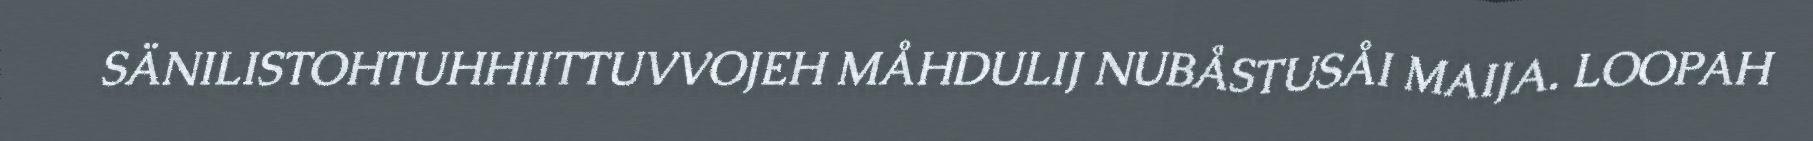
SÄNILISTOHTUHHIITTUVVOJEH MÅHDULIJ NUBÅSTUSÅI MAIJA. LOOPAH